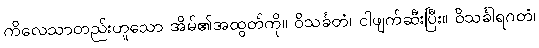
ကိလေသာတည်းဟူသော အိမ်၏အထွတ်ကို။ ဝိသင်္ခတံ၊ ငါဖျက်ဆီးပြီး။ ဝိသင်္ခါရဂတံ၊